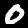
Label: 0